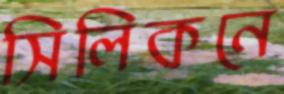
সিলিকনে